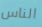
الناس